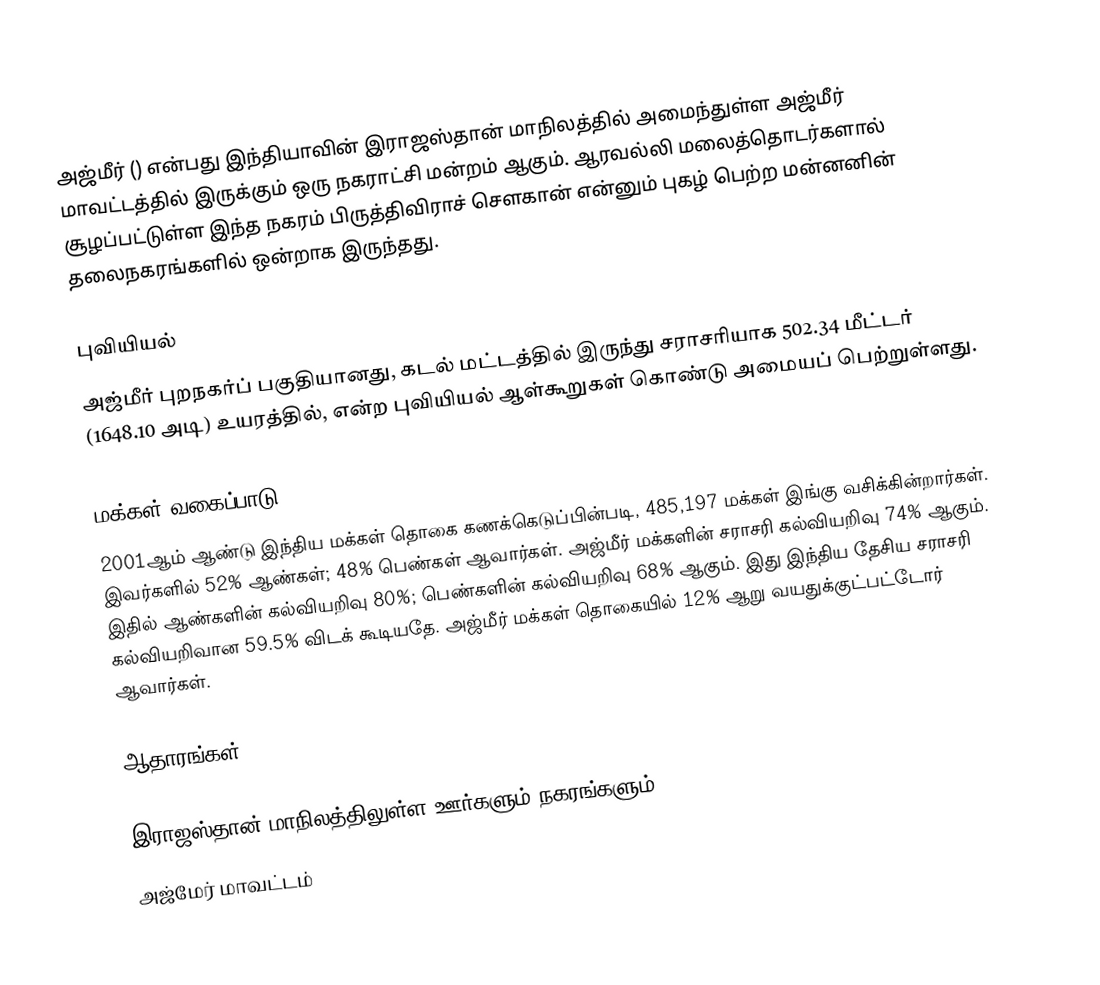
அஜ்மீர் () என்பது இந்தியாவின் இராஜஸ்தான் மாநிலத்தில் அமைந்துள்ள அஜ்மீர் மாவட்டத்தில் இருக்கும் ஒரு நகராட்சி மன்றம் ஆகும். ஆரவல்லி மலைத்தொடர்களால் சூழப்பட்டுள்ள இந்த நகரம் பிருத்திவிராச் சௌகான் என்னும் புகழ் பெற்ற மன்னனின் தலைநகரங்களில் ஒன்றாக இருந்தது.

புவியியல்
அஜ்மீர் புறநகர்ப் பகுதியானது, கடல் மட்டத்தில் இருந்து சராசரியாக 502.34 மீட்டர் (1648.10 அடி) உயரத்தில்,  என்ற புவியியல் ஆள்கூறுகள் கொண்டு அமையப் பெற்றுள்ளது.

மக்கள் வகைப்பாடு
2001ஆம் ஆண்டு இந்திய மக்கள் தொகை கணக்கெடுப்பின்படி, 485,197 மக்கள் இங்கு வசிக்கின்றார்கள். இவர்களில் 52% ஆண்கள்; 48% பெண்கள் ஆவார்கள். அஜ்மீர் மக்களின் சராசரி கல்வியறிவு 74% ஆகும். இதில் ஆண்களின் கல்வியறிவு 80%; பெண்களின் கல்வியறிவு 68% ஆகும். இது இந்திய தேசிய சராசரி கல்வியறிவான 59.5% விடக் கூடியதே. அஜ்மீர் மக்கள் தொகையில் 12%  ஆறு வயதுக்குட்பட்டோர் ஆவார்கள்.

ஆதாரங்கள்

இராஜஸ்தான் மாநிலத்திலுள்ள ஊர்களும் நகரங்களும்
அஜ்மேர் மாவட்டம்